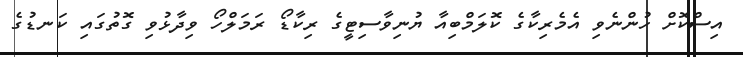
އިސްކޮށް ހުންނެވި އެމެރިކާގެ ކޮލަމްބިއާ ޔުނިވާސިޓީގެ ރިކާޑޯ ރަމަލްހޯ ވިދާޅުވި ގޮތުގައި ކަނޑުގެ